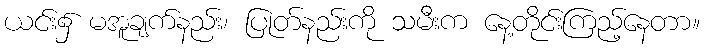
ယင်း၌ မအူချက်နည်း၊ ပြုတ်နည်းကို သမီးက နေ့တိုင်းကြည့်နေတာ။